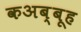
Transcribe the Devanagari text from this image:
कअब्बूह